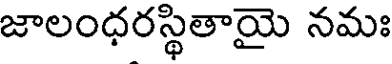
జాలంధరస్థితాయై నమః